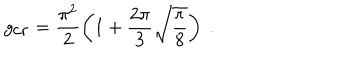
g _ { \mathrm { c r } } = \frac { \pi ^ { 2 } } { 2 } \left( 1 + \frac { 2 \pi } { 3 } \sqrt { \frac { r } { 8 } } \right) \ .